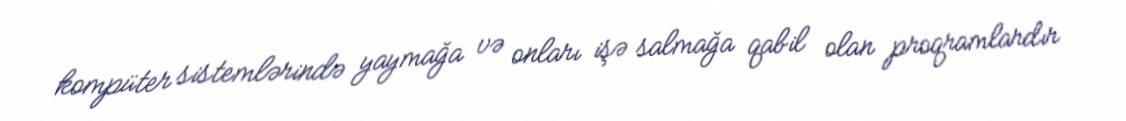
kompüter sistemlərində yaymağa və onları işə salmağa qabil olan proqramlardır